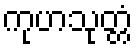
ကုဟသုတ္တံ